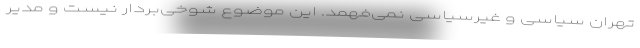
تهران سیاسی و غیرسیاسی نمی‌فهمد. این موضوع شوخی‌بردار نیست و مدیر